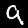
Label: 9